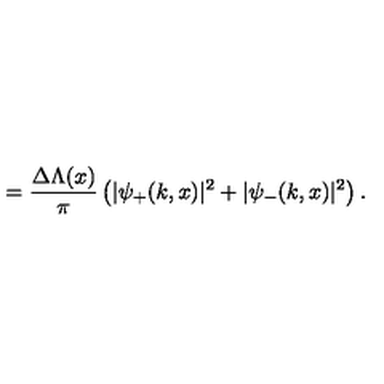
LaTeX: = \frac { \Delta \Lambda ( x ) } { \pi } \left( | \psi _ { + } ( k , x ) | ^ { 2 } + | \psi _ { - } ( k , x ) | ^ { 2 } \right) .